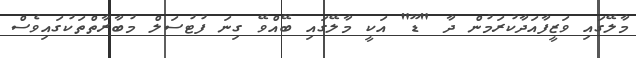
މާލޭގައި ވަޒީފާއަދާކުރަމުން ދާ "ޑޫ" އަކީ މާލޭގައި ބޭއްވޭ ގިނަ ފުޓުސަލް މުބާރާތްތަކުގައިވެސް